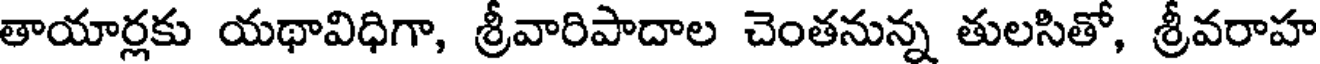
తాయార్లకు యథావిధిగా, శ్రీవారిపాదాల చెంతనున్న తులసితో, శ్రీవరాహ